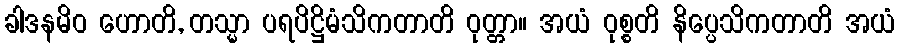
ခါဒနမိဝ ဟောတိ, တသ္မာ ပရပိဋ္ဌိမံသိကတာတိ ဝုတ္တာ။ အယံ ဝုစ္စတိ နိပ္ပေသိကတာတိ အယံ